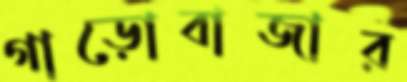
গাড়োবাজার